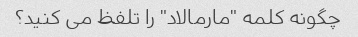
چگونه کلمه "مارمالاد" را تلفظ می کنید؟